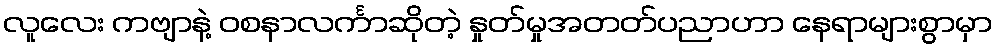
လူလေး ကဗျာနဲ့ ဝစနာလင်္ကာဆိုတဲ့ နှုတ်မှုအတတ်ပညာဟာ နေရာများစွာမှာ